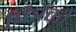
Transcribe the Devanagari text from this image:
पित्रैंको